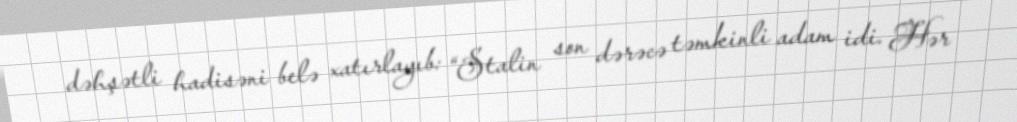
dəhşətli hadisəni belə xatırlayıb: “Stalin son dərəcə təmkinli adam idi. Hər